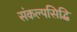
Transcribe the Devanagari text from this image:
संकल्पसिद्धि